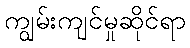
ကျွမ်းကျင်မှုဆိုင်ရာ